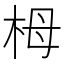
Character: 栂